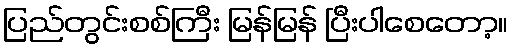
ပြည်တွင်းစစ်ကြီး မြန်မြန် ပြီးပါစေတော့။